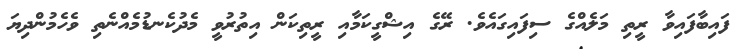
ފައިބާފައިވާ ރީތި މަލެއްގެ ސިފައިގައެވެ. ރޭގެ އިޝްގީކަމާއި ރީތިކަން އިތުރުވީ މެދުކެނޑުމެއްނެތި ވެހެމުންދިޔަ